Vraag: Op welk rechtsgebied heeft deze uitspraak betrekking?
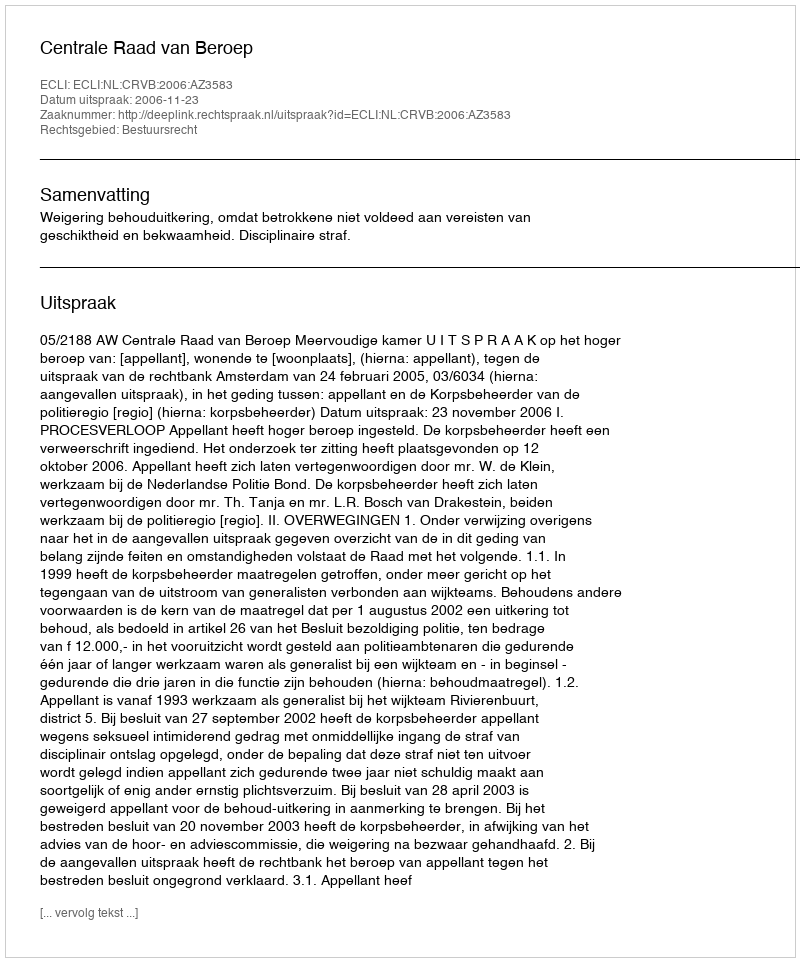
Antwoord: Bestuursrecht